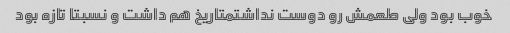
خوب بود ولی طعمش رو دوست نداشتمتاریخ هم داشت و نسبتا تازه بود